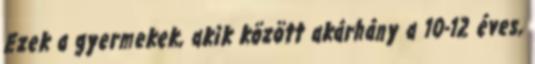
Ezek a gyermekek, akik között akárhány a 10-12 éves,